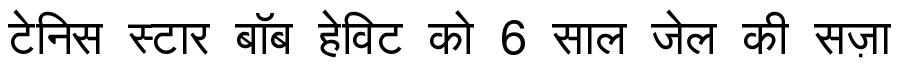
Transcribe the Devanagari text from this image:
टेनिस स्टार बॉब हेविट को 6 साल जेल की सज़ा